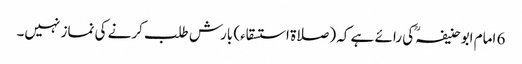
6 امام ابوحنیفہؒ کی رائے ہے کہ (صلاۃ استسقاء) بارش طلب کرنے کی نماز نہیں۔